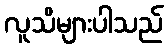
လူသိများပါသည်